Note on surra in camels for commandants of camel corps
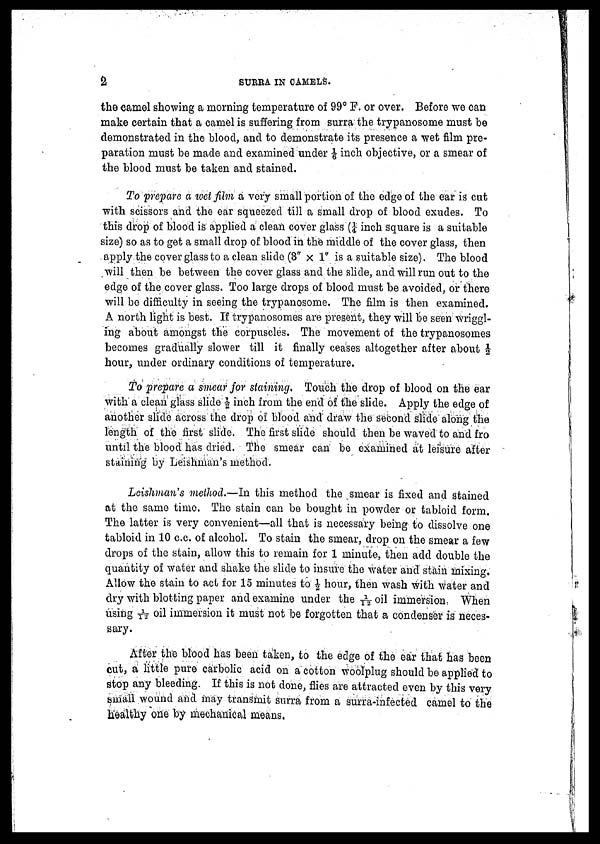
2
SUTRRA IN CAMELS.
the camel showing a morning temperature of 99° F. or over. Before we can
make certain that a camel is suffering from surra the trypanosome must be
demonstrated in the blood, and to demonstrate its presence a wet film pre-
paration must be made and examined under 1/6 inch objective, or a smear of
the blood must be taken and stained.
Toprepare a wet film a very small portion of the edge of the ear is cut
with scissors and the ear squeezed till a small drop of blood exudes. To
this drop of blood is applied a clean cover glass (¼ inch square is a suitable
size) so as to get a small drop of blood in the middle of the cover glass, then
apply the cover glass to a clean slide (3" × 1" is a suitable size). The blood
will then be between the cover glass and the slide, and will run out to the
edge of the cover glass. Too large drops of blood must be avoided, or there
will be difficulty in seeing the trypanosome. The film is then examined.
A north light is best. If trypanosomes are present, they will be seen wriggl-
ing about amongst the corpuscles. The movement of the trypanosomes
becomes gradually slower till it finally ceases altogether after about ½
hour, under ordinary conditions of temperature.
To prepare a smear for staining. Touch the drop of blood on the ear
with a clean glass slide ½ inch from the end of the slide. Apply the edge of
another slide across the drop of blood and draw the second glide along the
length of the first slide. The first slide should then be waved to and fro
until the blood has dried. The smear can be examined at leisure after
staining by Leishman's method.
Leishman's method.—In this method the smear is fixed and stained
at the same time. The stain can be bought in powder or tabloid form.
The latter is very convenient—all that is necessary being to dissolve one
tabloid in 10 c.c. of alcohol. To stain the smear, drop on the smear a few
drops of the stain, allow this to remain for 1 minute, then add double the
quantity of water and shake the slide to insure the water and stain mixing.
Allow the stain to act for 15 minutes to ½ hour, then wash with water and
dry with blotting paper and examine under the 1/12 oil immersion When
using 1/12 oil immersion it must not be forgotten that a condenser is neces-
sary.
After the blood has been taken, to the edge of the ear that has been
cut, a little pure carbolic acid on a cotton woolplug should be applied to
stop any bleeding. If this is not done, flies are attracted even by this very
small wound and may transmit surra from a surra-infected camel to the
healthy one by mechanical means,